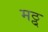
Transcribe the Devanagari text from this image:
मठ्ठ्